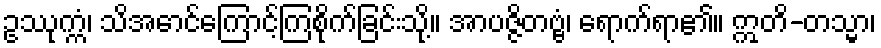
ဥဿုက္ကံ၊ သိအောင်ကြောင့်ကြစိုက်ခြင်းသို့။ အာပဇ္ဇိတဗ္ဗံ၊ ရောက်ရာ၏။ ဣတိ-တသ္မာ၊